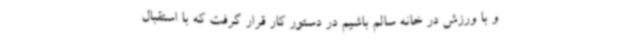
و با ورزش در خانه سالم باشیم در دستور کار قرار گرفت که با استقبال